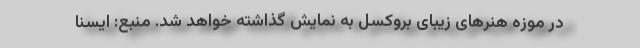
در موزه هنرهای زیبای بروکسل به نمایش گذاشته خواهد شد. منبع: ایسنا